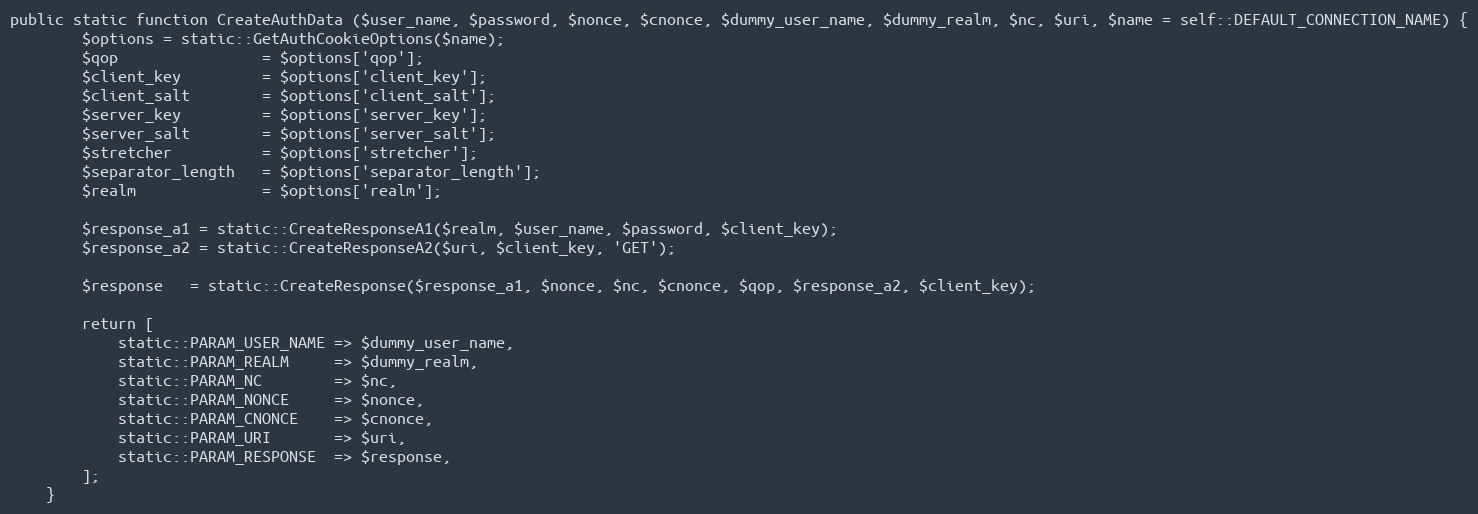
Language: PHP
public static function CreateAuthData ($user_name, $password, $nonce, $cnonce, $dummy_user_name, $dummy_realm, $nc, $uri, $name = self::DEFAULT_CONNECTION_NAME) {
		$options = static::GetAuthCookieOptions($name);
		$qop				= $options['qop'];
		$client_key			= $options['client_key'];
		$client_salt		= $options['client_salt'];
		$server_key			= $options['server_key'];
		$server_salt		= $options['server_salt'];
		$stretcher			= $options['stretcher'];
		$separator_length	= $options['separator_length'];
		$realm				= $options['realm'];

		$response_a1 = static::CreateResponseA1($realm, $user_name, $password, $client_key);
		$response_a2 = static::CreateResponseA2($uri, $client_key, 'GET');

		$response	= static::CreateResponse($response_a1, $nonce, $nc, $cnonce, $qop, $response_a2, $client_key);

		return [
			static::PARAM_USER_NAME	=> $dummy_user_name,
			static::PARAM_REALM		=> $dummy_realm,
			static::PARAM_NC		=> $nc,
			static::PARAM_NONCE		=> $nonce,
			static::PARAM_CNONCE	=> $cnonce,
			static::PARAM_URI		=> $uri,
			static::PARAM_RESPONSE	=> $response,
		];
	}